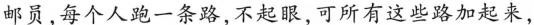
邮员,每个人跑一条路,不起眼,可所有这些路加起来，